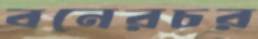
বনেরচর